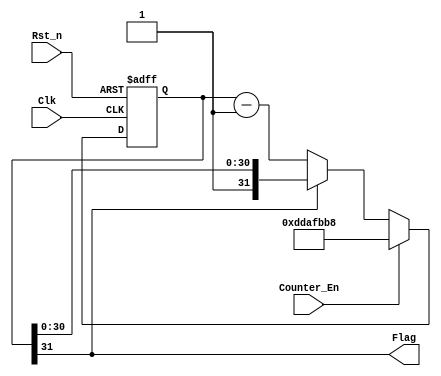
module Counter1_181(
	//input
	input		Clk,Rst_n,
	input		Counter_En,
	//output
	output	Flag
);
	//Parameters
	parameter Data_Width = 32;


//wire define


//reg define
	reg	[ Data_Width - 1 : 0 ]	Counter;

//RTL

always @(posedge Clk,negedge Rst_n)
	if(!Rst_n)
		Counter <= 0;
	else if(Counter_En)
		Counter <= 32'd232455096;
	else if(Counter[ Data_Width - 1 ] != 1'b1)
		Counter <= Counter - 1'b1;
		

assign Flag = Counter[ Data_Width - 1 ];

endmodule



module Counter2_181(
	//input
	input		Clk,Rst_n,
	input		Counter_En,
	//output
	output	Flag
);

//wire define


//reg define
	reg	[7:0]	Counter;

//RTL

always @(posedge Clk,negedge Rst_n)
	if(!Rst_n)
		Counter <= 0;
	else if(Counter_En)
		Counter <= 49;
	else if(Counter[7] != 1'b1)
		Counter <= Counter - 1'b1;
	else
		Counter <= Counter;
		
assign Flag = Counter[7];

endmodule


module Counter3_181(
	//input
	input		Clk,Rst_n,
	input		Counter_En,
	//output
	output	Flag
);
//Parameters
parameter Data_Width = 32;

//wire define


//reg define
	reg	[ Data_Width - 1 : 0 ]	Counter;

//RTL

always @(posedge Clk,negedge Rst_n)
	if( !Rst_n )
		Counter <= 0;
	else if( Counter_En && Counter[Data_Width - 1] != 1 )
		Counter <= Counter - 1'b1;
	else
		Counter <= 32'd232455096;
		
assign Flag = Counter[ Data_Width - 1 ];


endmodule


module Counter4_181(
	//input
	input		Clk,Rst_n,
	input		Counter_En,
	//output
	output	Flag
);
	//Parameters
	parameter Data_Width = 32;
	
//wire define


//reg define
	reg	[ Data_Width - 1 :0]	Counter;

//RTL

always @(posedge Clk,negedge Rst_n)
	if(!Rst_n)
		Counter <= 0;
	else if(Counter_En && Counter[ Data_Width - 1 ] != 1'b1)
		Counter <= Counter + 1'b1;
	else
		Counter <= 32'hFFFFFFFF - 32'd232455096;
		
assign Flag = Counter[ Data_Width - 1 ];


endmodule


module Counter5_181(
	//input
	input		Clk,Rst_n,
	input		Counter_En,
	//output
	output	Flag
);
//Parameters
parameter Data_Width = 32;

//wire define


//reg define
	reg	[ Data_Width - 1 : 0 ]	Counter;

//RTL

always @(posedge Clk,negedge Rst_n)
	if( !Rst_n )
		Counter <= 0;
	else if( Counter_En && Counter != 0 )
		Counter <= Counter - 1'b1;
	else
		Counter <= 32'd232455096;
		
assign Flag = Counter[ Data_Width - 1 ];


endmodule